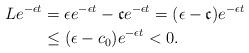
LaTeX: \begin{align*}L e^{- \epsilon t} &= \epsilon e^{- \epsilon t} - \mathfrak{c} e^{- \epsilon t}= (\epsilon - \mathfrak{c}) e^{- \epsilon t}\\&\leq (\epsilon - c_0 ) e^{- \epsilon t} < 0.\end{align*}